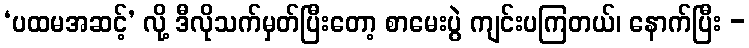
‘ပထမအဆင့်’ လို့ ဒီလိုသက်မှတ်ပြီးတော့ စာမေးပွဲ ကျင်းပကြတယ်၊ နောက်ပြီး -